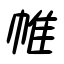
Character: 帷